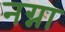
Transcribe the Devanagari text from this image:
नग्ना